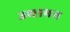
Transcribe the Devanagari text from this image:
उथापन